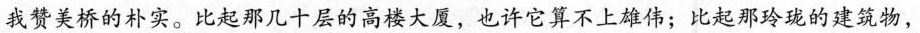
我赞美桥的朴实。比起那几十层的高楼大厦，也许它算不上雄伟；比起那玲珑的建筑物，